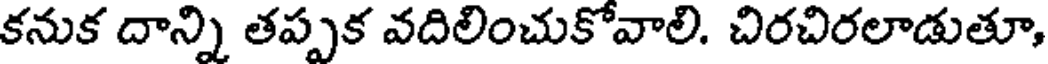
కనుక దాన్ని తప్పక వదిలించుకోవాలి. చిరచిరలాడుతూ,